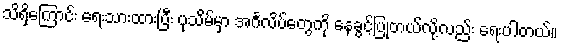
သိရှိကြောင်း ရေးသားထားပြီး ပုသိမ်မှာ အင်္ဂလိပ်တွေကို နေခွင့်ပြုတယ်လို့လည်း ရေးပါတယ်။